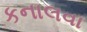
કનાલવા